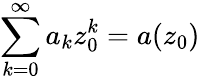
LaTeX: \sum_{k=0}^{\infty}a_{k}z_{0}^{k}=a(z_{0})